King Institute of Preventive Medicine Bacteriolog. Section reports 1907-08
Year: 1907
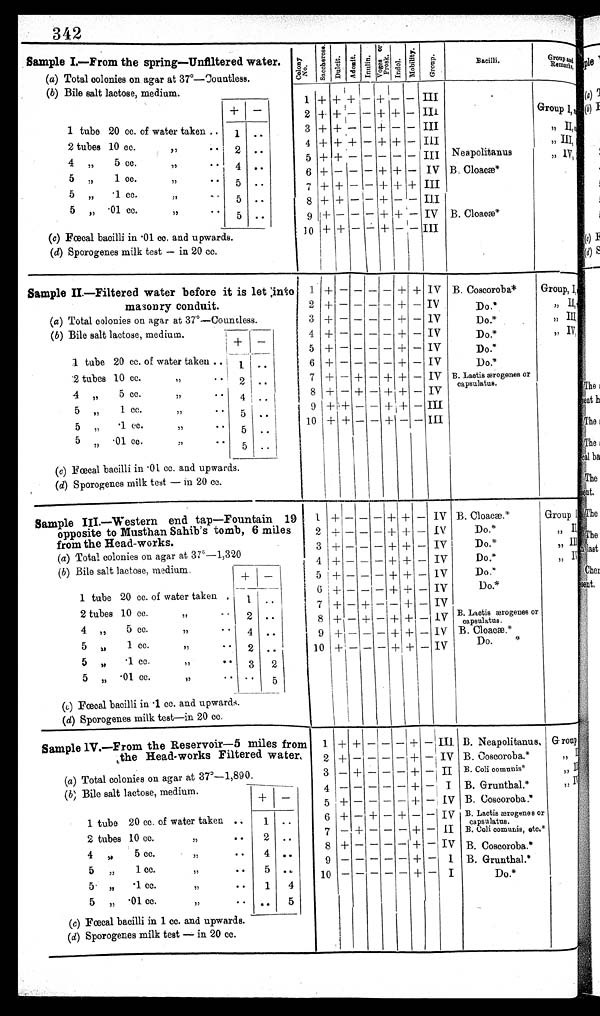
342
Sample I—From the spring—Unfiltered water.
C o l o n y N o . S a c c h e r o s e . D u l c i t . A d o n i t .
Inulin.V o g e s a n d P r o s k .Indol.
M o b i l i t y .
G r o u p .
B a c i l l i .
G r o u p a n d R e m a r k s .
(a) Total colonies on agar at 37°—Countless.
(b) Bile salt lactose, medium.
1
+ + +
—
+
— —
I I I
+
—
2 + +
— —
+ +
—
I I I
G r o u p I ,
n i l
1 tube
2 0 c c .
o f w a t e r t a k e n .
1 ..
3 + +
— —
+
— —
I I I
, , I I ,
N i l
2 tubes
1 0 c c .
, , . .
2 ..
4 + + +
—
+ +
—
I I I
, , I I I ,
N i l
5 + +
— — — — —
I I I
N e a p o l i t a n u s
, , I v ,
4 ,,
5 c c .
, , . .
4 ..
6 +
— — —
+ +
—
I V
B . C l o a c æ
5 ,,
1 c c .
, , . .
5
..
7 + +
— —
+ +
+
I I I
5 ,,
'1 cc.
, , . .
5 ..
8 + +
— — + —
—
I I I
5 ,,
' 0 1 c c .
, , . .
5 ..
9 + —
— — + +
—
I V
B . C l o a c æ
(c) Fœcal bacilli in •01 cc. and upwards.
1 0 + +
— — + —
—
I I I
(d) Sporogenes milk test — in 20 cc.
S a m p l e I I . — F i l t e r e d w a t e r b e f o r e i t i s l e t i n t o m a s o n r y c o n d u i t .
1 +
— —
— — +
+
I V
B . C o s c o r o b a *
Group, I,
2 +
—
— — — +
—
I V
D o . *
, , I I ,
n i l
( a )
T o t a l c o l o n i e s o n a g a r a t 3 7°— C o u n t l e s s .
3 +
–
– – – +
–
I V
D o . *
, , I I I ,
n i l
( b )
B i l e S a l t l a c t o s e , m e d i u m .
4 +
—
— — — +
—
I V
D o . *
, , I V ,
5 +
—
— — — +
—
I V
D o . *
+
—
1
t u b e
20 cc.
o f w a t e r t a k e n . . .
1
. .
6 +
—
— — — +
—
I V
D o . *
2
t u b e s
10 cc.
, , . .
2
. .
7 +
—
+ — + +
—
I v
B . L a c t i s æ r o g e n e s o r c a p s u l a t u s .
4
, ,
5 cc.
, , . .
4
. .
8 +
—
+ — + +
—
I V
5
, ,
1 cc.
, , . .
9 +
+
— — + +
—
I I I
5
. .
5
, ,
'1 cc.
, , . .
1 0
+
+
— — + —
—
I I I
5
. .
5
, ,
'01 cc.
, , . .
5
. .
(c) Fœcal bacilli in •01 cc. and upwards.
(d) Sporogenes milk test — in 20 cc.
Sample III.—Western end tap—Fountain 19 opposite to Musthan Sahib's tomb, 6 miles from the Head-works.
1 +
— —
— + + — Iv
B . C l o a c æ
Group I
2 +
— —
— + + — Iv
D o . *
,, II
3 +
— —
— + + — IV
D o . *
,, III
(a) Total colonies on agar at 37°—1,320
4 +
— —
— + + — IV
D o . *
,, IV
( b )
B i l e s a l t l a c t o s e , m e d i u m .+
—
—
5 +
— –
— + + — IV
D o . *
1 tube20 cc.
o f w a t e r t a k e n .
1
. .
6 +
– —
— + + — IV
D o . *
2 tubes10 cc.
, , . .
2
. .
7 +
— +
— — + — IV
4 ,, 5 cc.
, , . .
4
. .
8 +
— +
– + + —
Iv
B . L a c t i s æ r o g e n e s o r c a p s u l a t u s .
5 ,, 1 cc.
, , . .
2
. .
9 +
— —
— + + — Iv
B . C l o a c æ
5 ,, ·1 cc.
, , . .
3
2
1 0
+
— —
—
—
+ +
Do
. *
, , . .
5 ,, ·01 cc.
..
5
(c) Fœcal bacilli in •1 cc. and upwards.
(d) Sporogenes milk test—in 20 cc.
Sample IV.—From the Reservoir—5 miles from t h e H e a d - w o r k s F i l t e r e d w a t e r .
1
+
+ —
— — + —
I I I
B . N e a p o l i t a n u s .
G r o u p
2
+
— —
— — + —
I V
B . C o s c o r o b a . *
, , I
(a) Total colonies on agar at
3 7°— 1 , 8 9 0 .
3
—
+ —
— — + —
I I
B . C o l i c o m u n i s . *
, , I I
(b) Bile salt lactose, medium.
+ –
4
—
— —
— —
+
—
I
B . G r u n t h a l . *
, , I V
5
+
— —
— — + —
I V
B . C o s c o r o b a . *
1 tube
2 0 c c .
o f w a t e r t a k e n . .
1
..
6 +
— +
— + — —
I V
B . L a c t i s æ r o g e n e s o r c a p s u l a t u s .
, , . .
2
..
7 —
+ —
— — + —
I I
2 tubes
1 0 c c .
B . C o l i c o m u n i s , e t c . *
4
8 +
– —
— — + —
I V
B . C o s c o r o b a . *
,,
5 c c .
, , . .
4
..
9 —
— —
— — + +
I
B . G r u n t h a l . *
5 ,,
1 c c .
, , . .
5
..
1 0
—
– —
— — + —
I
D o . *
· 1 c c .
5 ,,
, , . .
1
4
5 ,,
· 0 1 c c .
, , . .
.. 5
( c )
F œ c a l b a c i l l i i n 1 c c . a n d u p w a r d s .
(d) Sporogenes milk test — in 20 cc.